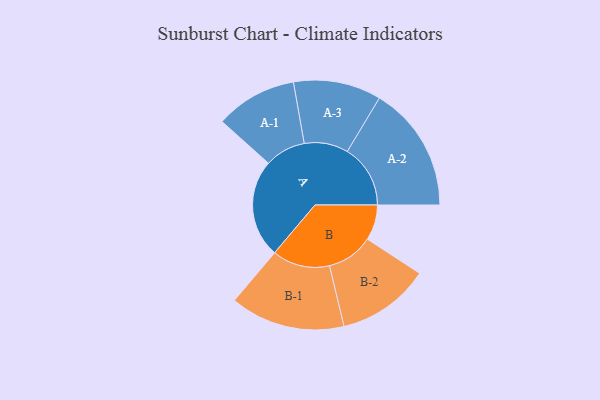
{"axis": {"x": "Segment", "y": "Value"}, "legend": ["", "A", "B"], "data": [{"x": "A", "y": 418, "type": ""}, {"x": "B", "y": 151, "type": ""}, {"x": "A-1", "y": 174, "type": "A"}, {"x": "A-2", "y": 269, "type": "A"}, {"x": "A-3", "y": 187, "type": "A"}, {"x": "B-1", "y": 245, "type": "B"}, {"x": "B-2", "y": 198, "type": "B"}]}